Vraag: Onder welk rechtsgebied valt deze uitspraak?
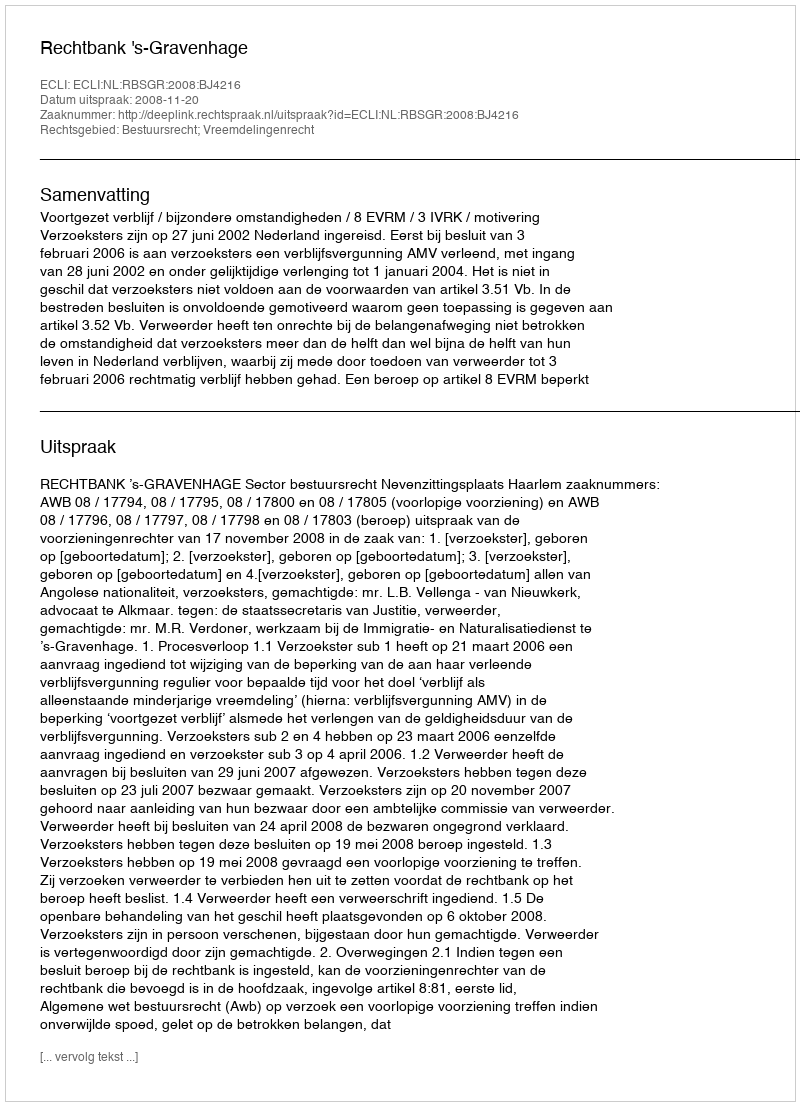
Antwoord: Bestuursrecht; Vreemdelingenrecht